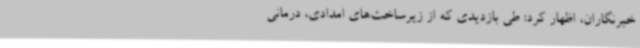
خبرنگاران، اظهار کرد: طی بازدیدی که از زیرساخت‌های امدادی، درمانی